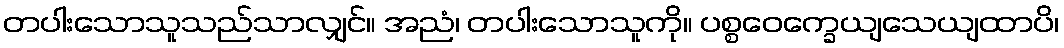
တပါးသောသူသည်သာလျှင်။ အညံ၊ တပါးသောသူကို။ ပစ္စဝေက္ခေယျသေယျထာပိ၊